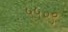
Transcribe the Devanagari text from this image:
५५०९